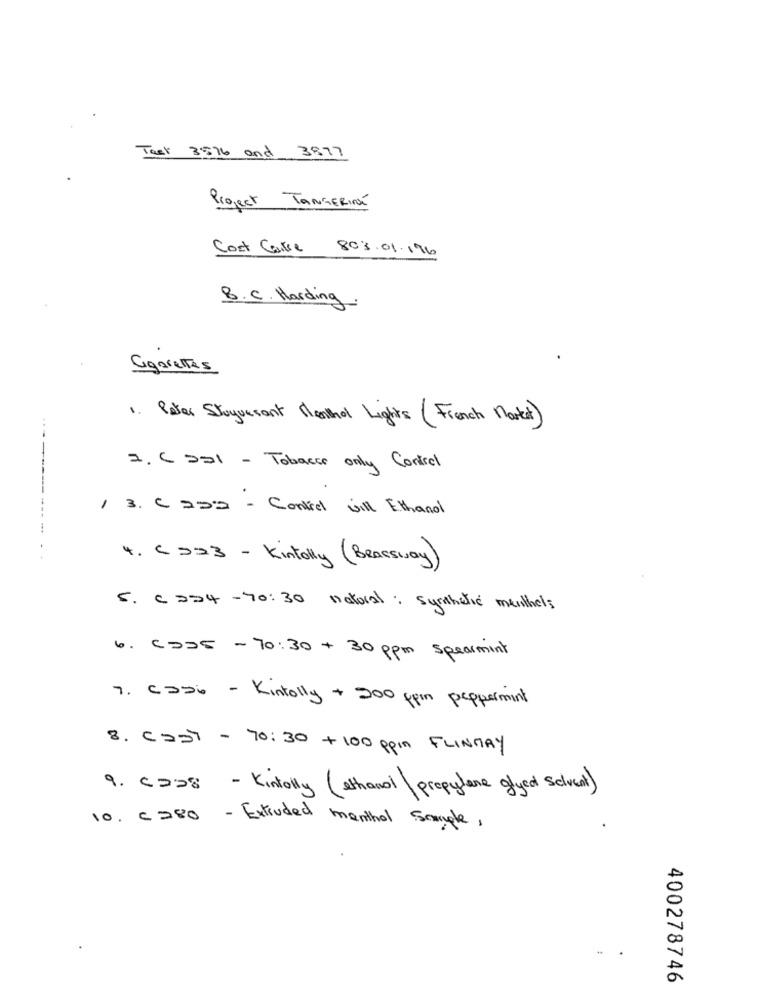
Task 8576 and 3877
Project TANGERI
Cost Care 803.01.196
B.C. Harding
Cigarettes
1. Peter Stuyvesant Menthol Lights (French Market)
2. C 221 - Tobacco only Control
/ 3. C 229 - Control will Ethanol
----------- -
4.
( 223 - Kintolly (Brassway)
5.
( 254 -70:30 natural: synthetic menthols
~ 70:30 + 30 ppm spearmint
7. caso
- Kintolly + 200 ppm peppermint
8. Cast - 70:30 + 100 ppm FLINMAY
9. c=28 - Kintolly (ethanol \propylene glyed selvent)
10. c280 - Extruded menthol sample,
400278746